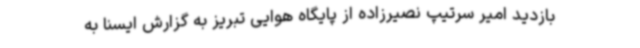
بازدید امیر سرتیپ نصیرزاده از پایگاه هوایی تبریز به گزارش ایسنا به